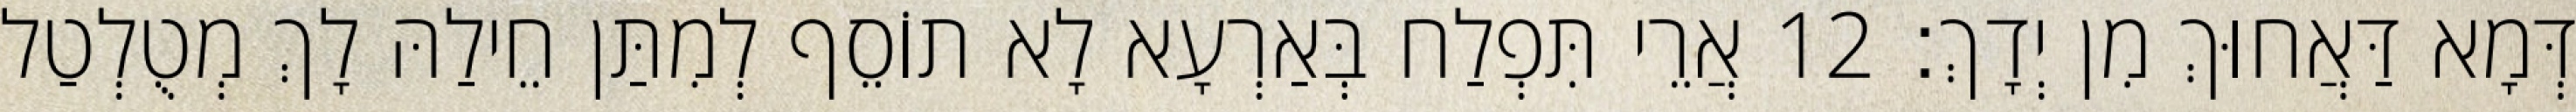
דְּמָא דַּאֲחוּךְ מִן יְדָךְ׃ 12 אֲרֵי תִּפְלַח בְּאַרְעָא לָא תוֹסֵף לְמִתַּן חֵילַהּ לָךְ מְטֻלְטַל